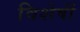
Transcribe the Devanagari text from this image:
विशेषीं